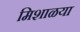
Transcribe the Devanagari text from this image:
मिशाळया